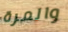
والمرة